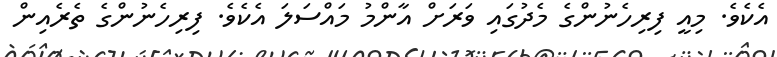
އެކެވެ. މިއީ ފިރިހެނުންގެ މެދުގައި ވަރަށް އާންމު މައްސަލަ އެކެވެ. ފިރިހެނުންގެ ތެރެއިން